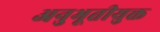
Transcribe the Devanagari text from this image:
अनुभूतीयुक्त